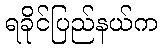
ရခိုင်ပြည်နယ်က